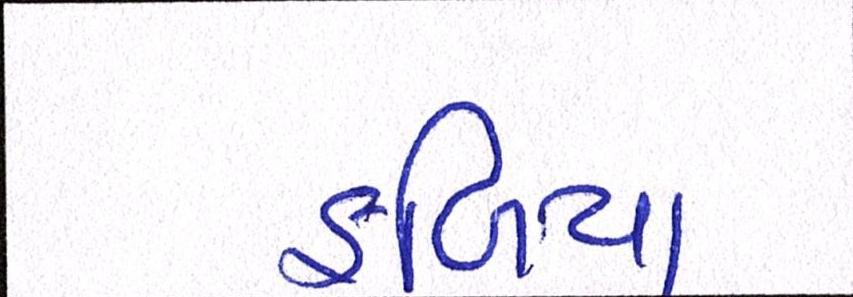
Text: ફળિયા